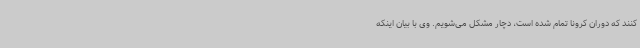
کنند که دوران کرونا تمام شده است، دچار مشکل می‌شویم. وی با بیان اینکه